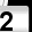
Digit: 2